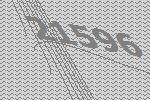
21596